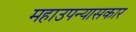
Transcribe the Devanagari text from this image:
महाउपन्यासकार